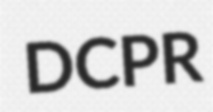
DCPR